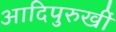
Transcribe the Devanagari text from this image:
आदिपुरुखीं